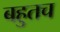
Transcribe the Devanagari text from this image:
बहुतच